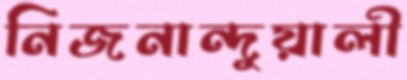
নিজনান্দুয়ালী